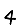
Digit: 4